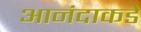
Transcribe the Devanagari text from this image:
आनंदाकडे